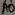
Text: A0